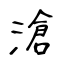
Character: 滄